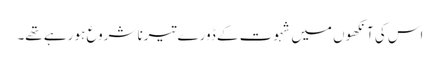
اس کی آنکھوں میں شہوت کے ڈورے تیرنا شروع ہو رہے تھے۔